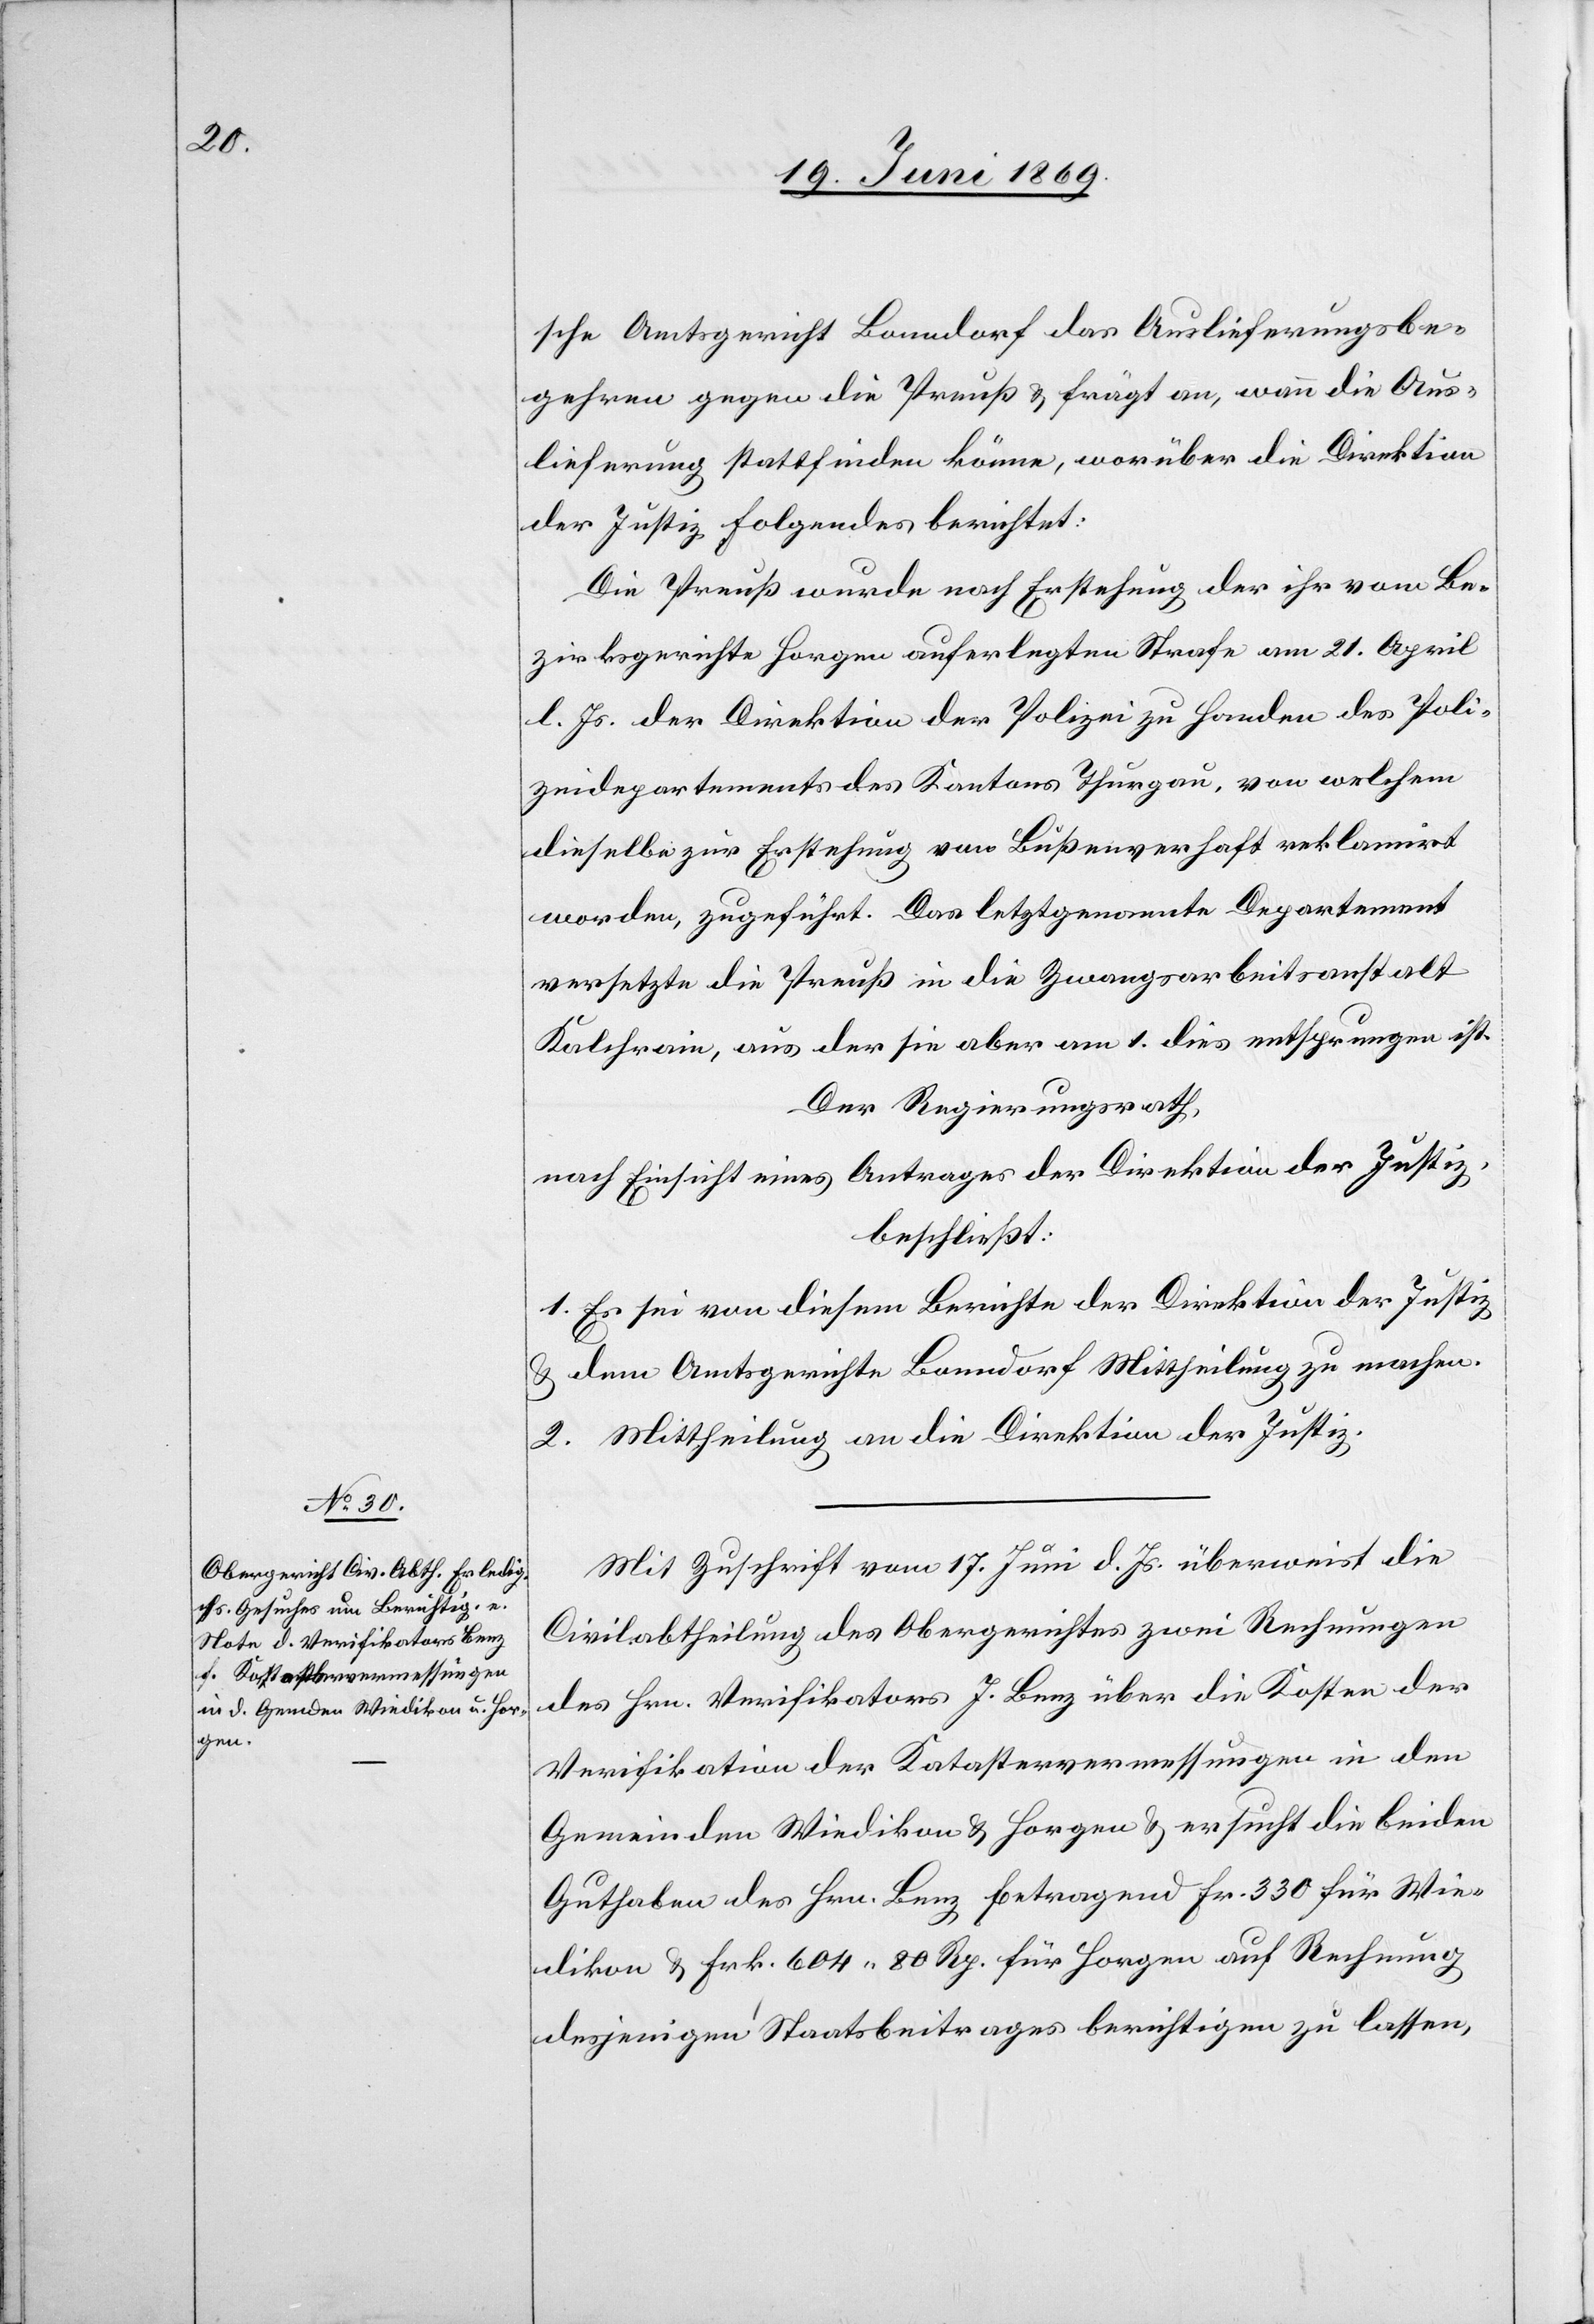
sche Amtsgericht Bonndorf das Auslieferungsbe¬
gehren gegen die Preuß u. frägt an, wann die Aus¬
lieferung stattfinden könne, worüber die Direktion
der Justiz folgendes berichtet:
Die Preuß wurde nach Erstehung der ihr von dem Be¬
zirksgerichte Horgen auferlegten Strafe am 21 April
l. Js. der Direktion der Polizei zu Handen des Poli¬
zeidepartements des Kantons Thurgau, von welchem
dieselbe zur Erstehung von Bußenverhaft reklamirt
worden, zugeführt. Das letztgenannte Departement
versetzte die Preuß in die Zwangsarbeitsanstalt
Kalchrain, aus der sie aber am 1 dies entsprungen ist.
Der Regierungsrath,
nach Einsicht eines Antrages der Direktion der Justiz,
beschließt:
1. Es sei von diesem Berichte der Direktion der Justiz
u. dem Amtsgerichte Bonndorf Mittheilung zu machen.
2. Mittheilung an die Direktion der Justiz.
Mit Zuschrift vom 17 Juni d. Js. überweist die
Civilabtheilung des Obergerichtes zwei Rechnungen
des Hrn. Verifikators J. Benz über die Kosten der
Verifikation der Katastervermessungen in den
Gemeinden Wiedikon u. Horgen u. ersucht die beiden
Guthaben des Hrn. Benz betragend Fr. 330 für Wie¬
dikon u. Frk. 604.80 Rp. für Horgen auf Rechnung
desjenigen Staatsbeitrages berichtigen zu lassen,